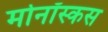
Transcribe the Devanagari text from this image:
मोनॉस्कस